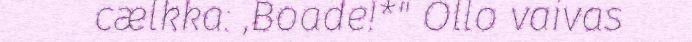
cælkka: ,Boade!*" Ollo vaivas